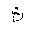
Letter: _tha